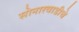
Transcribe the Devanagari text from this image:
सोनारवाडीचे